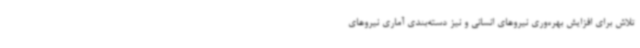
تلاش برای افزایش بهره‌وری نیروهای انسانی و نیز دسته‌بندی آماری نیروهای